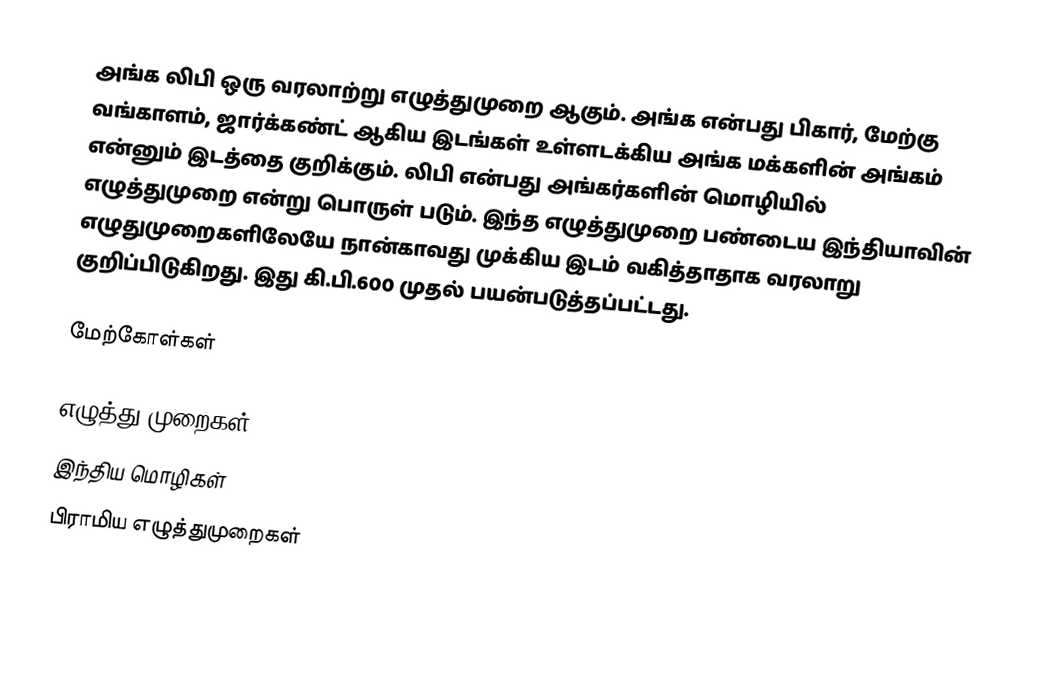
அங்க லிபி ஒரு வரலாற்று எழுத்துமுறை ஆகும். அங்க என்பது பிகார், மேற்கு வங்காளம், ஜார்க்கண்ட் ஆகிய இடங்கள் உள்ளடக்கிய அங்க மக்களின் அங்கம் என்னும் இடத்தை குறிக்கும். லிபி என்பது அங்கர்களின் மொழியில் எழுத்துமுறை என்று பொருள் படும். இந்த எழுத்துமுறை பண்டைய இந்தியாவின் எழுதுமுறைகளிலேயே நான்காவது முக்கிய இடம் வகித்தாதாக வரலாறு குறிப்பிடுகிறது. இது கி.பி.600 முதல் பயன்படுத்தப்பட்டது.

மேற்கோள்கள்

எழுத்து முறைகள்
இந்திய மொழிகள்
பிராமிய எழுத்துமுறைகள்